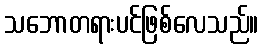
သဘောတရားပင်ဖြစ်လေသည်။